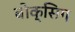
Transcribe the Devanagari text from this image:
बोक्सिग